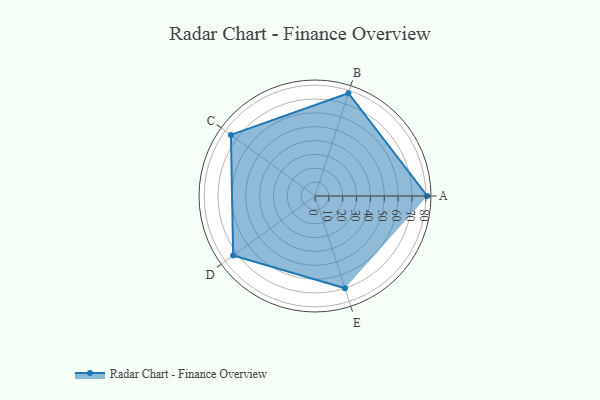
{"axis": {"x": "Skill", "y": "Score"}, "legend": ["Profile"], "data": [{"x": "A", "y": 81.0, "type": "Profile"}, {"x": "B", "y": 78.0, "type": "Profile"}, {"x": "C", "y": 75.0, "type": "Profile"}, {"x": "D", "y": 73.0, "type": "Profile"}, {"x": "E", "y": 70.0, "type": "Profile"}]}